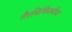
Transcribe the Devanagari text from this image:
गैरचिकित्सीय